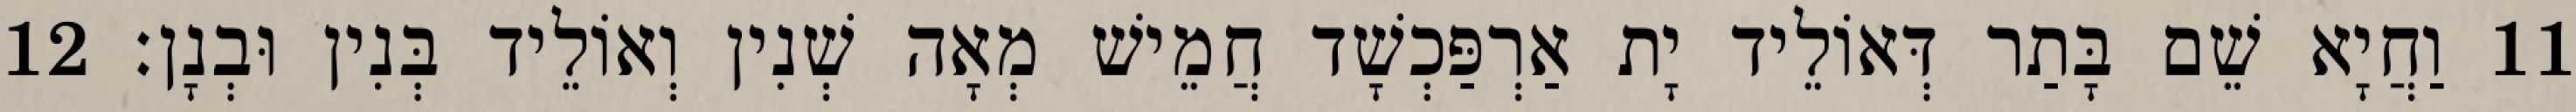
11 וַחֲיָא שֵׁם בָּתַר דְּאוֹלֵיד יָת אַרְפַּכְשָׁד חֲמֵישׁ מְאָה שְׁנִין וְאוֹלֵיד בְּנִין וּבְנָן׃ 12